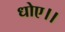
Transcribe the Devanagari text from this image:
धोए।।